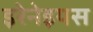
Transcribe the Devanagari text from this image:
इरेनेइयस